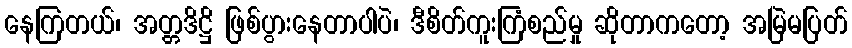
နေကြတယ်၊ အတ္တဒိဋ္ဌိ ဖြစ်ပွားနေတာပါပဲ၊ ဒီစိတ်ကူးကြံစည်မှု ဆိုတာကတော့ အမြဲမပြတ်